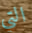
التي